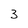
Character: 3